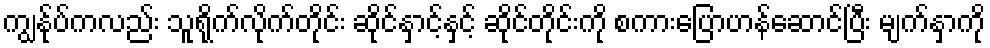
ကျွန်ုပ်ကလည်း သူရိုက်လိုက်တိုင်း ဆိုင်နှာင့်နှင့် ဆိုင်တိုင်းကို စကားပြောဟန်ဆောင်ပြီး မျက်နှာကို